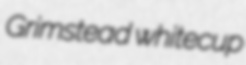
Grimstead whitecup